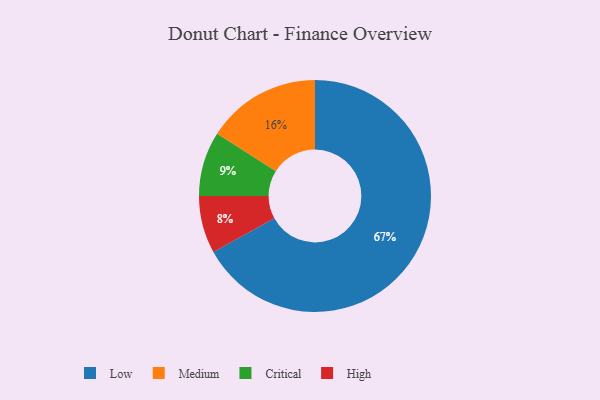
{"axis": {"x": "Category", "y": "Percentage"}, "legend": ["Critical", "High", "Low", "Medium"], "data": [{"x": "Low", "y": 67, "type": "Low"}, {"x": "Medium", "y": 16, "type": "Medium"}, {"x": "Critical", "y": 9, "type": "Critical"}, {"x": "High", "y": 8, "type": "High"}]}